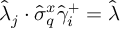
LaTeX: \hat { \lambda } _ { j } \cdot \hat { \sigma } _ { q } ^ { x } \hat { \gamma } _ { i } ^ { + } = \hat { \lambda }